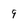
Character: 9